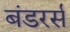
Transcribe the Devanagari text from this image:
बंडरर्स